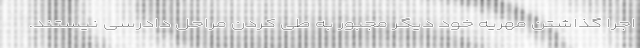
اجرا گذاشتن مهریه خود دیگر مجبور به طی کردن مراحل دادرسی نیستند.